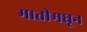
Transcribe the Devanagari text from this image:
मातीमधून